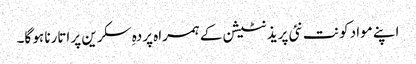
اپنے مواد کو نت نئی پریذنٹیشن کے ہمراہ پردہِ سکرین پر اتارنا ہو گا۔